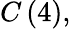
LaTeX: C\left(4\right),